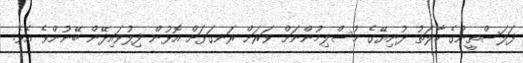
ފަލަސްތީނުގެ ހާލަތު ދުނިޔޭގެ މުސްލިމުންނަށް ވަރަށް ރަނގަޅަށް އޮޅުން ފިލުވައިދޭން ބޭނުންވެ އެވެ.